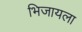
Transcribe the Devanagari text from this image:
भिजायला